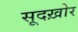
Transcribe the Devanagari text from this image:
सूदख़ोर